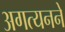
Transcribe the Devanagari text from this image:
अगत्यनने